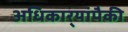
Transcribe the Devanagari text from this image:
अधिकार्‍यांपैकी